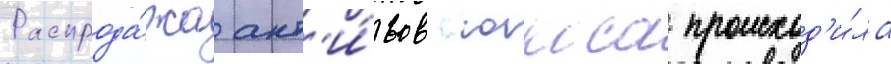
Распрода́жа акт'и́вов юкоса происход'и́ла